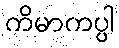
ကိမာကပ္ပါ